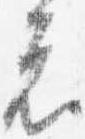
者